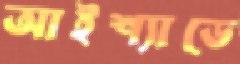
আইশ্যাডে